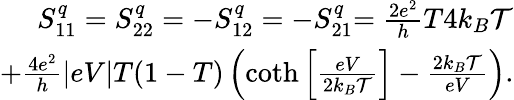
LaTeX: \begin{array}{r}{{S_{11}^{q}=S_{22}^{q}=-S_{12}^{q}=-S_{21}^{q}}{=\frac{2e^{2}}{h}T4k_{B}\mathcal{T}}}\\ {{+\frac{4e^{2}}{h}|eV|T(1-T)\left(\coth\left[\frac{eV}{2k_{B}\mathcal{T}}\right]-\frac{2k_{B}\mathcal{T}}{eV}\right).}}\end{array}